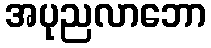
အပုညလာဘော